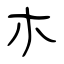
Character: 朩